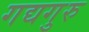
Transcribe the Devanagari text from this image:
गद्यगुरु